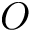
O